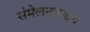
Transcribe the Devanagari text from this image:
संमेलनाच्याच